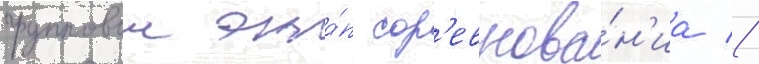
групповои эта́п сор'евнова́н'иа //